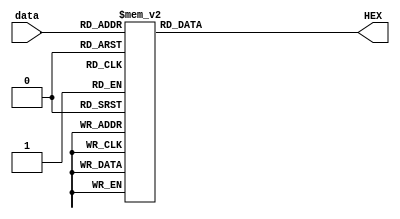
module displayToHex (data, HEX);
	input [3:0] data;
	output reg [6:0] HEX;

	// looking at the hex display, start from 12o'clock and count up by going clockwise (from 0 to 5). 
	// The segment at the center is the 6th segment (out of the seven segments labeled 0 to 6).
	// binary value 1'b0 turns on a segment, whereas binary value 1'b1 turns off a segment 
	//	         6543210 			     
	// HEX0 = 7'b0000000; all segments are turned on
	// HEX0 = 7'b1111111; all segments are turned off
	// data is sent most significant bit first says peckol 
	always@(*) begin
		case (data) 
			4'b0000: HEX = 7'b1000000; // 0		
			4'b0001: HEX = 7'b1111001; // 1
			4'b0010: HEX = 7'b0100100; // 2
			4'b0011: HEX = 7'b0110000; // 3
			4'b0100: HEX = 7'b0011001; // 4
			4'b0101: HEX = 7'b0010010; // 5
			4'b0110: HEX = 7'b0000010; // 6
			4'b0111: HEX = 7'b1111000; // 7
			4'b1000: HEX = 7'b0000000; // 8
			4'b1001: HEX = 7'b0010000; // 9
			4'b1010: HEX = 7'b0001000; //A
			4'b1011: HEX = 7'b0000011; //b
			4'b1100: HEX = 7'b1000110; //C
			4'b1101: HEX = 7'b0100001; //d
			4'b1110: HEX = 7'b0000110; //E
			4'b1111: HEX = 7'b0001110; //F
			default: HEX = 7'b1111111; 		//default all off
		endcase
	end
endmodule